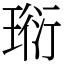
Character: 𤦷